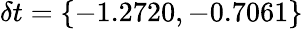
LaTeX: \delta t=\{ -1.2720,-0.7061\}